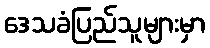
ဒေသခံပြည်သူများမှာ